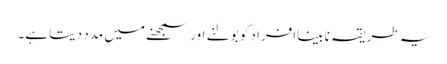
یہ طریقہ نابینا افراد کو بولنے اور سمجھنے میں مدد دیتا ہے۔